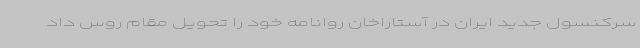
سرکنسول جدید ایران در آستاراخان روانامه خود را تحویل مقام روس داد